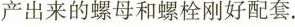
产出来的螺母和螺栓刚好配套。